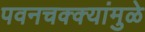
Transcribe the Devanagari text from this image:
पवनचक्‍क्‍यांमुळे